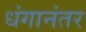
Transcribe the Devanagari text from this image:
धंगानंतर